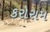
કરોરામ